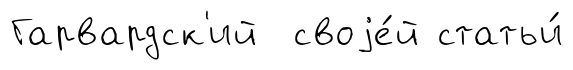
Гарвардск'ий своjе́й статьи́